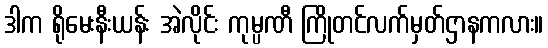
ဒါက ရိုမေးနီးယန်း အဲလိုင်း ကုမ္ပဏီ ကြိုတင်လက်မှတ်ဌာနကလား။